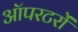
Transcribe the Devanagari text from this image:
ऑपरटरों